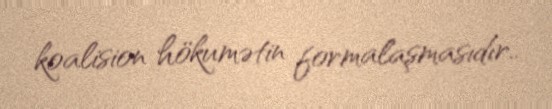
koalision hökumətin formalaşmasıdır..